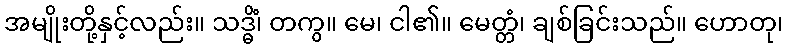
အမျိုးတို့နှင့်လည်း။ သဒ္ဓိံ၊ တကွ။ မေ၊ ငါ၏။ မေတ္တံ၊ ချစ်ခြင်းသည်။ ဟောတု၊